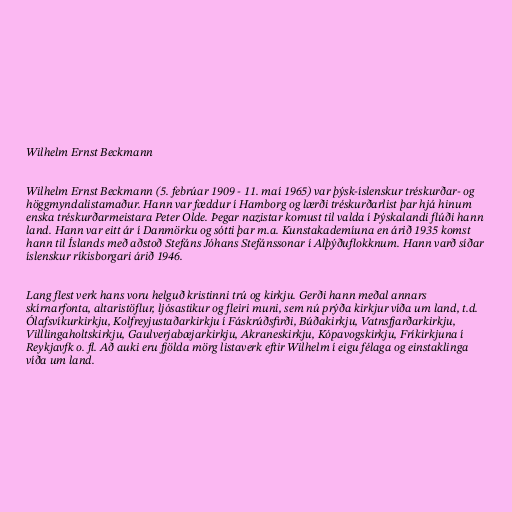
Wilhelm Ernst Beckmann

Wilhelm Ernst Beckmann (5. febrúar 1909 - 11. maí 1965) var þýsk-íslenskur tréskurðar- og
höggmyndalistamaður. Hann var fæddur í Hamborg og lærði tréskurðarlist þar hjá hinum
enska tréskurðarmeistara Peter Olde. Þegar nazistar komust til valda í Þýskalandi flúði hann
land. Hann var eitt ár í Danmörku og sótti þar m.a. Kunstakademíuna en árið 1935 komst
hann til Íslands með aðstoð Stefáns Jóhans Stefánssonar í Alþýðuflokknum. Hann varð síðar
íslenskur ríkisborgari árið 1946.

Lang flest verk hans voru helguð kristinni trú og kirkju. Gerði hann meðal annars
skírnarfonta, altaristöflur, ljósastikur og fleiri muni, sem nú prýða kirkjur víða um land, t.d.
Ólafsvíkurkirkju, Kolfreyjustaðarkirkju í Fáskrúðsfirði, Búðakirkju, Vatnsfjarðarkirkju,
Villlingaholtskirkju, Gaulverjabæjarkirkju, Akraneskirkju, Kópavogskirkju, Fríkirkjuna í
Reykjavfk o. fl. Að auki eru fjölda mörg listaverk eftir Wilhelm í eigu félaga og einstaklinga
víða um land.